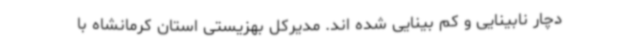
دچار نابینایی و کم بینایی شده اند. مدیرکل بهزیستی استان کرمانشاه با